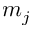
m _ { j }